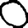
Digit: 0